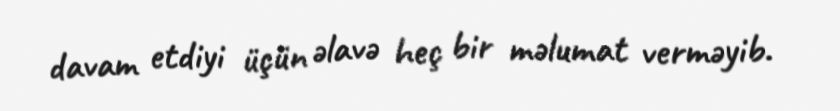
davam etdiyi üçün əlavə heç bir məlumat verməyib.